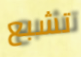
تشبع